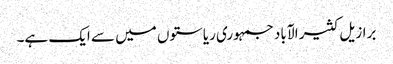
برازیل کثیر الآباد جمہوری ریاستوں میں سے ایک ہے۔